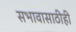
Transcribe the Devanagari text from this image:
सभावासाठीही